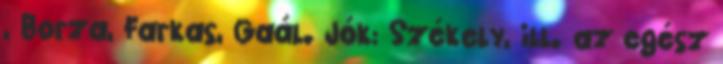
, Borza, Farkas, Gaál. Jók: Székely, ill. az egész